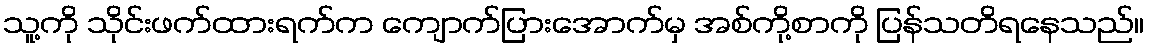
သူ့ကို သိုင်းဖက်ထားရက်က ကျောက်ပြားအောက်မှ အစ်ကို့စာကို ပြန်သတိရနေသည်။